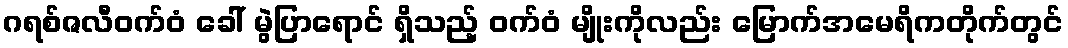
ဂရစ်ဇလီဝက်ဝံ ခေါ် မွဲပြာရောင် ရှိသည့် ဝက်ဝံ မျိုးကိုလည်း မြောက်အမေရိကတိုက်တွင်